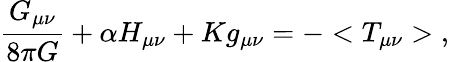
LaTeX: \frac{G_{\mu\nu}}{8\pi G}+\alpha H_{\mu\nu}+Kg_{\mu\nu}=-<T_{\mu\nu}>\; ,